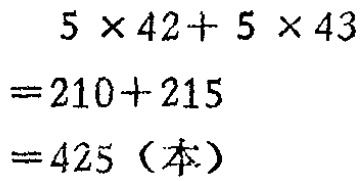
\[
\begin{align*}
&5\times42 + 5\times43\\
=&210 + 215\\
=&425（本）
\end{align*}
\]